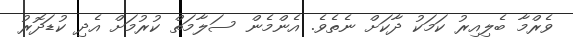
ވެރްމާ ބެލިއިރު ކަމަކު ދާކަށް ނެތެވެ. އެންމެން ސަލާމަތް ކުރުމަށް އެދި ކުޑަދޮރު